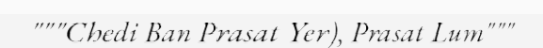
"""Chedi Ban Prasat Yer), Prasat Lum"""